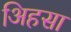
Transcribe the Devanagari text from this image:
अिहसा